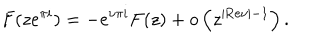
F ( z e ^ { \pi i } ) = - e ^ { \nu \pi i } F ( z ) + o \left( z ^ { | { \mathrm { R e } } \nu | - 1 } \right) .